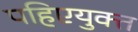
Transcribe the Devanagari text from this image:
पहिएयुक्‍त